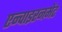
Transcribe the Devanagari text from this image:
एन्वाइरनमेंट